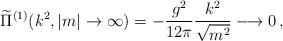
LaTeX: \begin{align*} \widetilde{\Pi}^{(1)}( k^{2}, |m|\rightarrow \infty ) = - \frac{g^{2}}{12\pi}\frac{k^{2}}{\sqrt{m^{2}}} \longrightarrow 0 \, ,\end{align*}